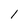
Character: 1